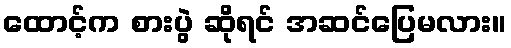
ထောင့်က စားပွဲ ဆိုရင် အဆင်ပြေမလား။